Annual report on the lock hospitals of the Madras Presidency
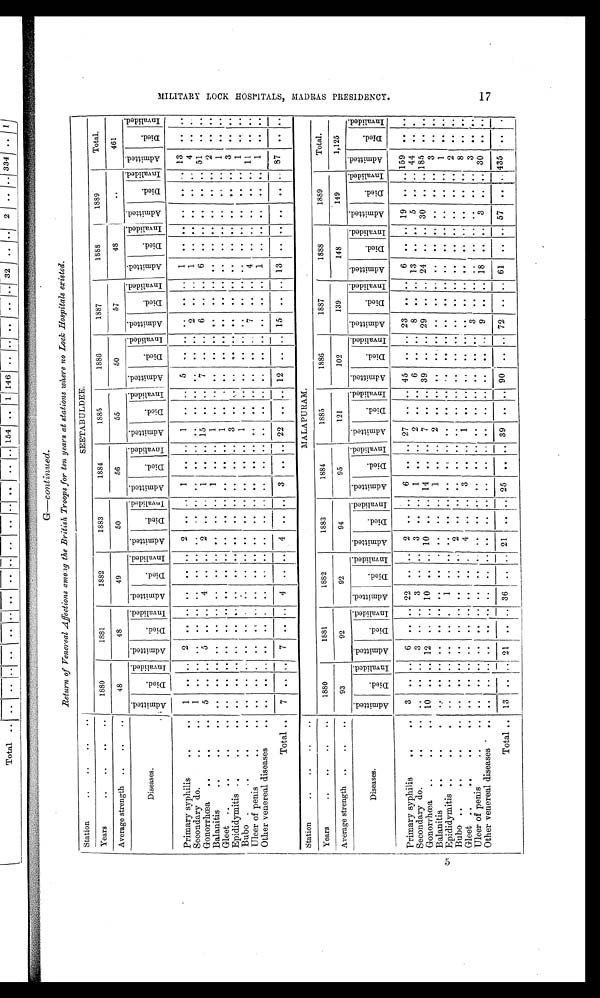
G—continued.
Return of Venereal Affections among the British Troops for ten years at stations where no Lock Hospitals existed.
Station
SEETABULDEE.
Years
1880
1881
1882
1883
1884
1885
1886
1887
1888
1889
Total.
Average strength
48
48
49
50
56
55
50
57
48
. .
461
Diseases.
A d m i t t e d .
D i e d .
I n v a l i d e d . A d m i t t e d .
D i e d .
I nv al i ded.
A d m i t t e d .
D i e d .
I n v a l i d e d .
A d m i t t e d .
D i e d .
I n v a l i d e d .
A d m i t t e d .
D i e d .
I n v a l i d e d .
A d m i t t e d .
D i e d .
I n v a l i d e d . A d m i t t e d .
D i e d .
I n v a l i d e d . A d m i t t e d .
D i e d .
I nv al i ded.
A d m i t t e d .
D i e d .
I n v a l i d e d .
A d m i t t e d .
D i e d .
I n v a l i d e d . A d m i t t e d .
D i e d .
I n v a l i d e d .
Primary syphilis
1 ..
. . 2 .. .. .. ..
. . 2 .. .. 1 .. .. 1 ..
. . 5 .. ..
. .
. . ..
1
. .
. . . .
. .
. . 13
. .
. .
Secondary do.
1
2
1
4
. .
Gonorrhœa
..
5
. .
. . 5
. . .. 4
.. .. 2
. . .. 1 .. .. 15
. . .. 7 .. .. 6 .. ..
6
. .
. . . .
. .
. . 51
. .
. .
Balanitis, •
.
..
..
. . . .
. .
. . .. ..
..
. . ..
. . . .
. . .. ..
1
. .
. .
. .
. . . .
. .
. . ..
. .
. . . .
. .
. . . . 2
. .
. .
Gleet
..
..
. .
. . . .
. . ..
. . ..
. .
. .
. .
. .
. . ..
. . 1
. .
. .
. . . .
. . . .
. . ..
. . . .
. . . .
. .
. .
1
. .
. .
• •
•
Epididymitis
.. ..
. . . .
. .
..
..
..
. .
. .
. . . .
. . ..
. .
3
. .
. . . .
. .
. .
. .
. . ..
. .
. . . .
. . . .
. . 3
. .
. .
Bubo
..
.... . .
. . . .
. . . . . . . .
. . .
..
. .
. .
. .
. .
. .
. .
. . 1
. .
. . . .
. .
. . . . . .
. . ..
. .
. .
. . . .
. .
. . 1
. . . .
Ulcer of penis
..
..
. . . . . .
. . ..
.. ..
. .
.. . .
. .
. .
..
. .
. .
. . . .
. .
. . . .
. . .. .. 4 .. ..
. .
. .
. . 11
. .
. .
Other venereal diseases
..
..
. .
. . . .
. . ..
. . ..
. .
..
. . . .
. .
..
. .
. .
. . . .
. .
. . . .
. .
. .
..
. .
. .
. . . .
. . I
. .
. .
Total
7
. .
. . 7 .. .. .. 4... . .
.. 4...
3....22 . .
. .
12 . .
. .
....15 . .
. .
1 . . .. ..
. .
. . . . 87
. .
. .
Station
Years
1880
1881
1882
1883
1884
1885
1886
1887
1888
1889
Total.
Average strength
93
92
92
94
95
121
102
139
148
149
1,125
Diseases.
A d m i t t e d .
D i e d .
I n v a l i d e d . A d m i t t e d .
D i e d .
I nal i ded. A d m i t t e d .
D i e d .
I n v a l i d e d .
A d m i t t e d .
D i e d .
I nval i ded.
A d m i t t e d .
D i e d .
I nval i ded.
A d m i t t e d .
D i e d .
I n v a l i d e d . A d m i t t e d .
D i e d .
I n v a l i d e d .
A d m i t t e d .
D i e d .
I n v a l i d e d . A d m i t t e d .
D i e d .
I n v a l i d e d . A d m i t t e d .
D i e d .
I n v a l i d e d . A d m i t t e d .
D i e d .
I n v a l i d e d .
Primary syphilis
..
3
.. .. 6 .. .. 22 .. .. 2 .. .. 6 .. .. 27
. .
. . 45 .. .. 23 .. .. 6 .. .. 19
. .
..
159
. .
. .
Secondary do
..
..
.. .. 3 .. .. 3
..
. . 3 .. .. 1 .. .. 2 .. .. 6 .. .. 8 .. .. 13 .. .. 5
. .
.. 44
. . . .
Gonorrhœa
.. 10
..
. . 12
. . .. 10
. .
. . 10
. . . . .. 14
.. ..
7
. .
. . 39
. .
. . 29
. .
. . 24
. .
. . 30
. . .. 18.5
. . . .
Balanitis.
..
..
..
. . . .
. . .. ...
. . .
. . . .
. . . . ..
1 .. .. 2
. .
. . . .
. .
. . ..
. . . .
. . . .
. . . .
. . ..
3
. . . .
Epididymitis
..
..
..
. . . .
. . .. ... ..
. .
. . . .
..
.. ..
. .
. .
. . . . . .
. .
. .
. .
. .
. . ..
. . . .
. . . .
. . ..
I
. . . .
Bubo
...
..
. .
. . . .
. . ..
..
. .
. .
. .
. . . .
..
.. ..
. .
. . . .
. . ..
. .
. . ..
....
. . . .
. .
. . .. 2
. . . .
Gleet
..
..
..
. . . .
. . .. ..
. . . .
4
. . .. 3
.. ..
1
. .
. . 4.
. .
. .
. .
. .
..
. .
. . . .
. . ..
8
. . . .
Ulcer of penis
..
....
.. .. . .
. . ..
.. ..
. .
. . . .
..
..
. .
. . ..
. . . .
. . ..
. . . .
Other venereal diseases
.. .. .. .. .. .. .. .. .. .. .. .. ..
. . .. ..
. .
. . . .
. . ..
. . 9 ..
. . 18
. .
. . 3
. . .. 30
. . . .
Total .. 13 .. .. 21 .. .. 36 .. . . 21
. . .. 25 .. .. 39
. . .. 90 .... 72 .. .. 61
. .
. . 57
. . .. 435
. . .
M I L I T A R Y L O C K H O S P I T A L S , M A D R A S P R E S I D E N C Y .